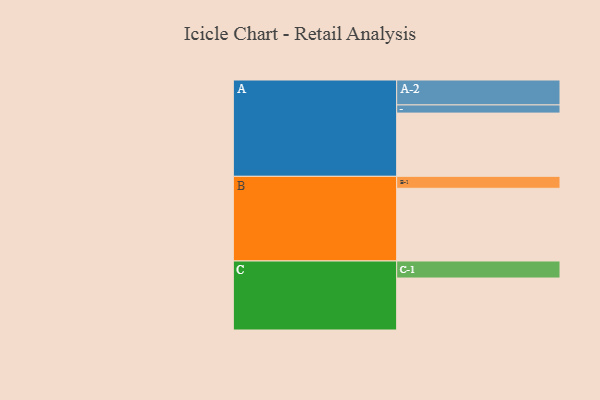
{"axis": {"x": "Segment", "y": "Value"}, "legend": ["", "A", "B", "C"], "data": [{"x": "A", "y": 449, "type": ""}, {"x": "B", "y": 516, "type": ""}, {"x": "C", "y": 369, "type": ""}, {"x": "A-1", "y": 58, "type": "A"}, {"x": "A-2", "y": 177, "type": "A"}, {"x": "B-1", "y": 85, "type": "B"}, {"x": "C-1", "y": 121, "type": "C"}]}